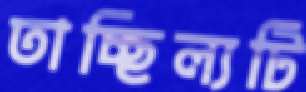
তাচ্ছিল্যটি